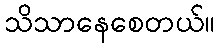
သိသာနေစေတယ်။